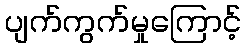
ပျက်ကွက်မှုကြောင့်